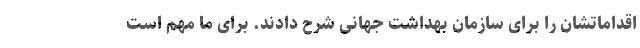
اقداماتشان را برای سازمان بهداشت جهانی شرح دادند. برای ما مهم است